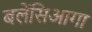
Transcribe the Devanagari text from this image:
बलेंसिआगा